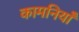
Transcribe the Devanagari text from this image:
कामनियाँ